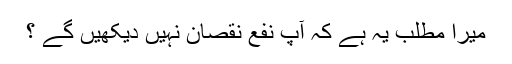
میرا مطلب یہ ہے کہ آپ نفع نقصان نہیں دیکھیں گے ؟